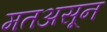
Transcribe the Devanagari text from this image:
मतअसून